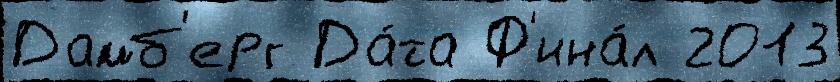
Дамб'ерг Да́та Ф'ина́л 2013